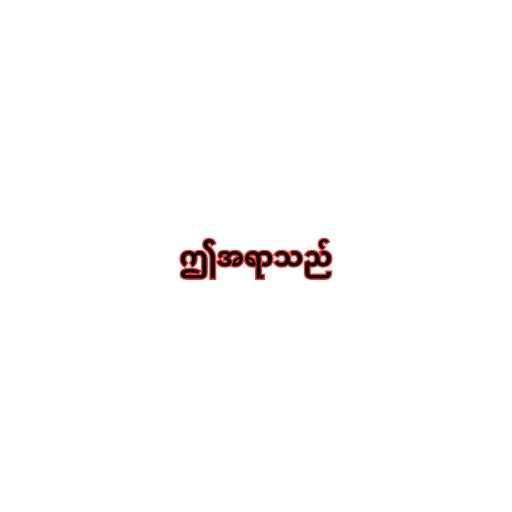
ဤအရာသည်